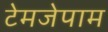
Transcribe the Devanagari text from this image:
टेमजेपाम